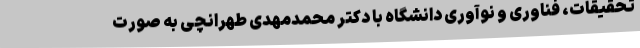
تحقیقات، فناوری و نوآوری دانشگاه با دکتر محمدمهدی طهرانچی به صورت